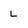
Character: L